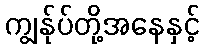
ကျွန်ုပ်တို့အနေနှင့်